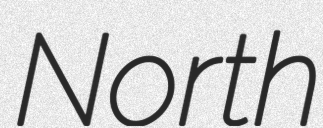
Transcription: North